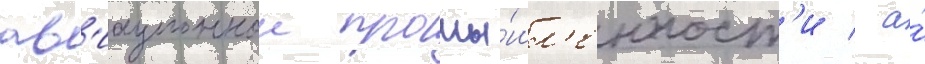
ав'иационнои промы́шл'енност'и / а́